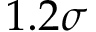
1 . 2 \sigma